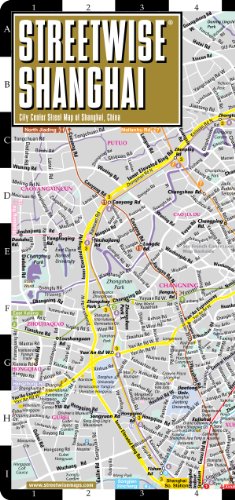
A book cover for Streetwise Shanghai Map - Laminated City Center Street Map of Shanghai, China; Streetwise Maps; Travel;